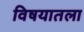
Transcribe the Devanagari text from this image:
विषयातला